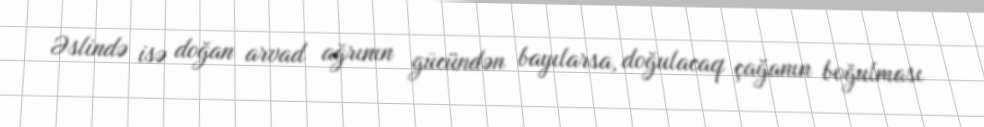
Əslində isə doğan arvad ağrının gücündən bayılarsa, doğulacaq çağanın boğulması